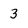
Character: 3